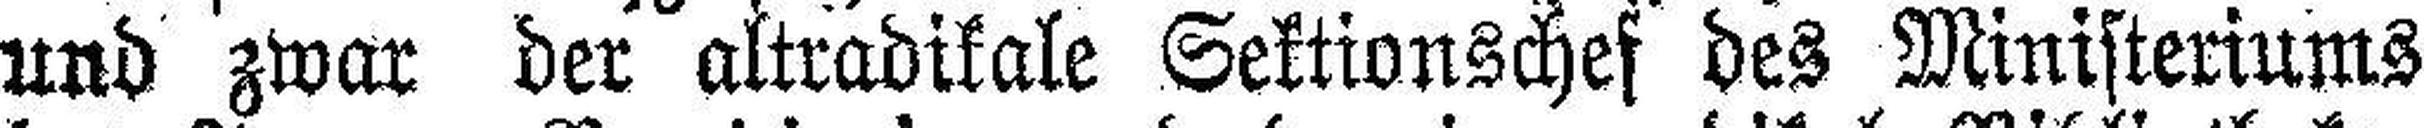
und zwar der altradikale Sektionschef des Ministeriums